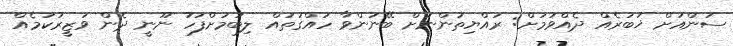
ސަންއަށް ޚަބަރެއް ދެއްވުމަށް: ރައްޔިތުންނަށް ބޭނުންވާ ހައްގުތައް ލިބުމަށްފަހު ނޫނީ ދެން ވަޒީރުކަމެއް